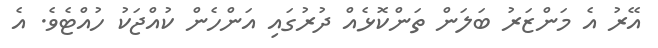
އޭރު އެ މަންޒަރު ބަލަން ތަންކޮޅެއް ދުރުގައި އަންހެން ކުއްޖަކު ހުއްޓެވެ. އެ